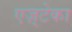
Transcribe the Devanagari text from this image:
एज़्टेका